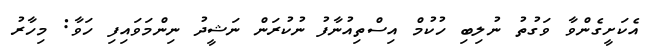
އެކަށީގެންވާ ވަގުތު ނުލިބި ހުކުމް އިސްތިއުނާފު ނުކުރަން ނަޝީދު ނިންމަވައިފި ހަވާ: މިހާރު